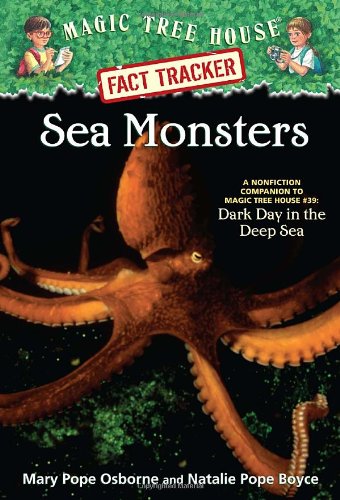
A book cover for Magic Tree House Fact Tracker #17: Sea Monsters: A Nonfiction Companion to Magic Tree House #39: Dark Day in the Deep Sea; Mary Pope Osborne; Children's Books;